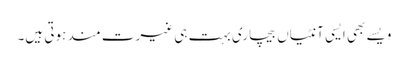
ویسے بھی ایسی آنٹیاں بیچاری بہت ہی غیرت مند ہوتی ہیں۔